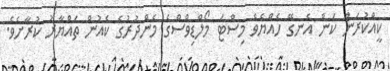
ކީއްކުރަން ކަން އެނގޭ ހެއްޔެވެ މިސްޓަ މޯލްޑިވްސްގެ މެންދުރުގެ ކެއުން ތައްޔާރު ކުރާށެވެ.